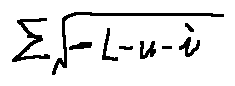
\sum \sqrt { - L - u - i }